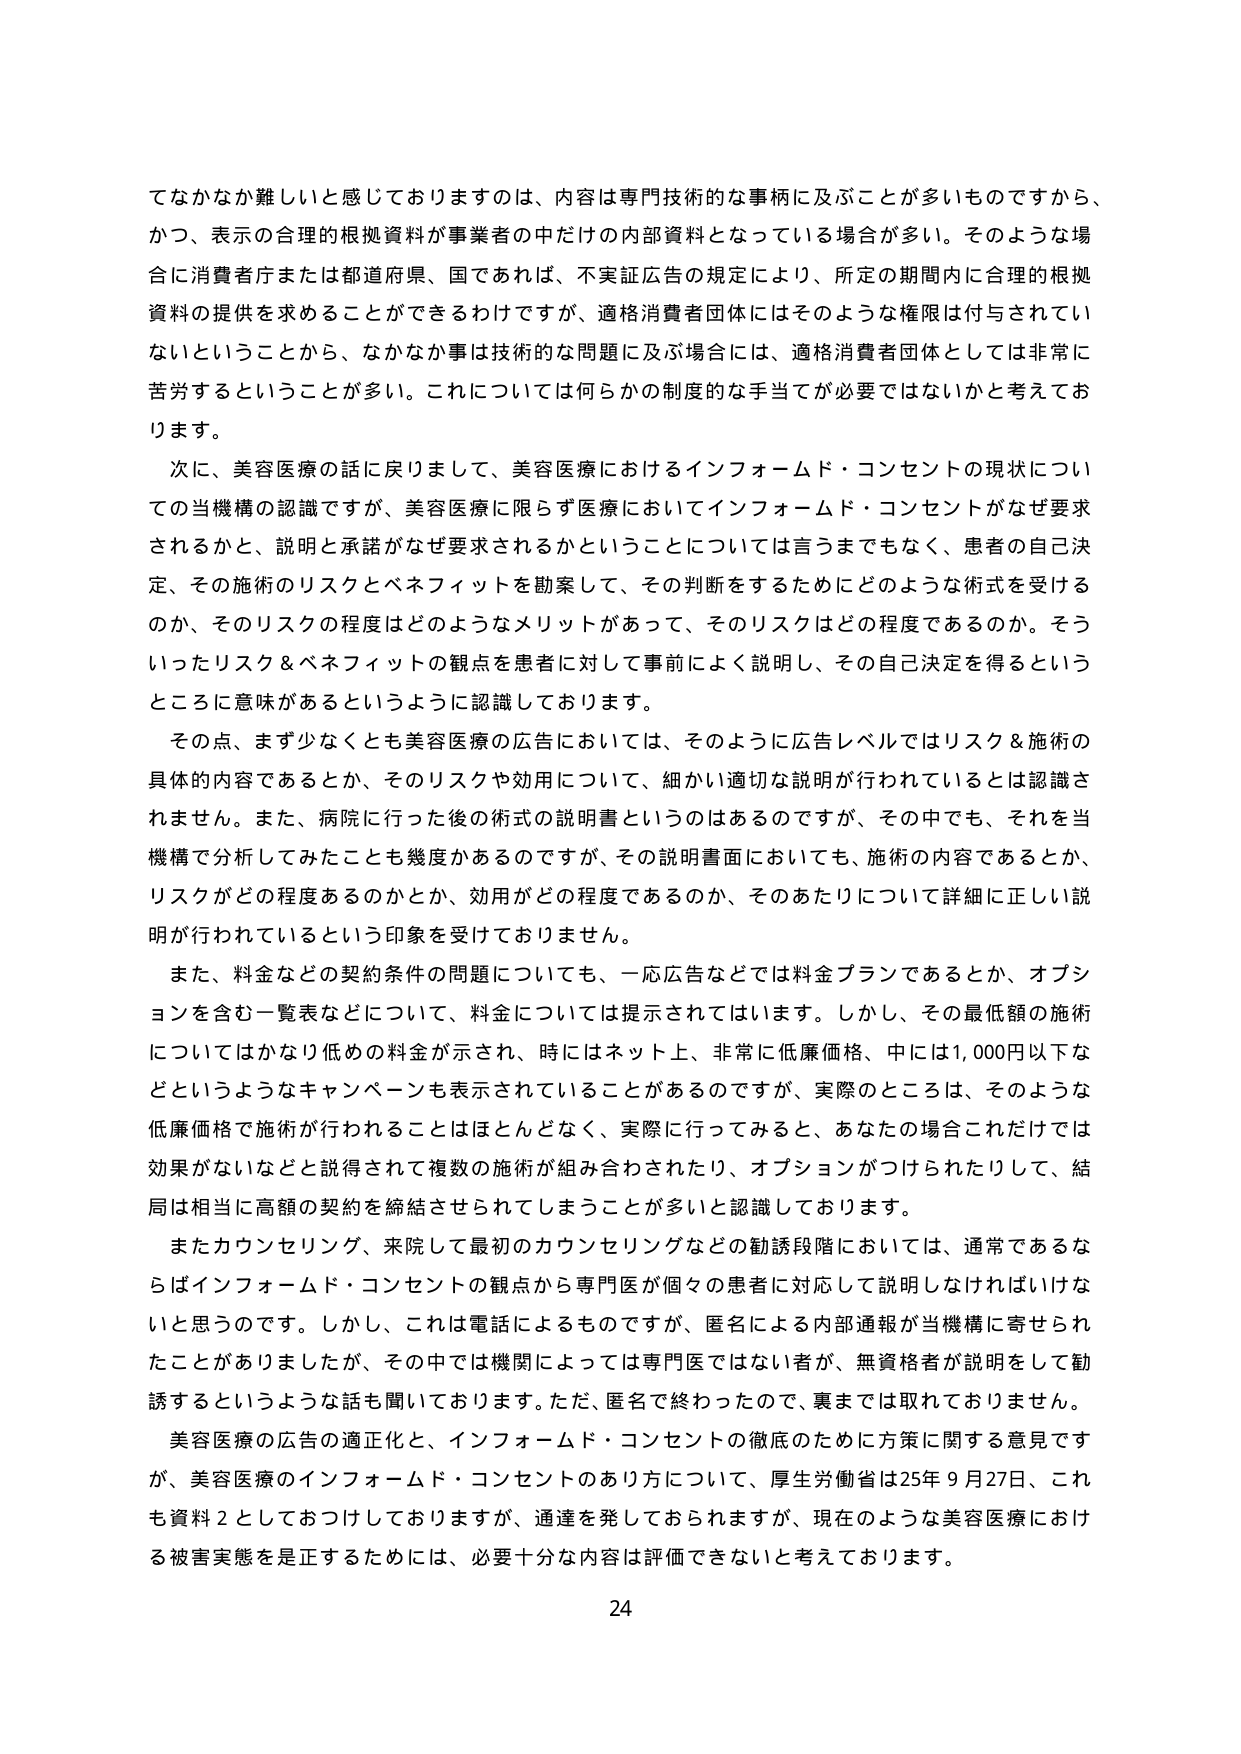
てなかなか難しいと感じておりますのは、内容は専門技術的な事柄に及ぶことが多いものですから、かつ、表示の合理的根拠資料が事業者の中だけの内部資料となっている場合が多い。そのような場合に消費者庁または都道府県、国であれば、不実証広告の規定により、所定の期間内に合理的根拠資料の提供を求めることができるわけですが、適格消費者団体にはそのような権限は付与されていないということから、なかなか事は技術的な問題に及ぶ場合には、適格消費者団体としては非常に苦労するということが多い。これについては何らかの制度的な手当てが必要ではないかと考えております。

次に、美容医療の話に戻りまして、美容医療におけるインフォームド・コンセントの現状についての当機構の認識ですが、美容医療に限らず医療においてインフォームド・コンセントがなぜ要求されるかと、説明と承諾がなぜ要求されるかということについては言うまでもなく、患者の自己決定、その施術のリスクとベネフィットを勘案して、その判断をするためにどのような術式を受けるのか、そのリスクの程度はどのようなメリットがあって、そのリスクはどの程度であるのか。そういったリスク＆ベネフィットの観点を患者に対して事前によく説明し、その自己決定を得るというところに意味があるというように認識しております。

その点、まず少なくとも美容医療の広告においては、そのように広告レベルではリスク＆施術の具体的内容であるとか、そのリスクや効用について、細かい適切な説明が行われているとは認識されません。また、病院に行った後の術式の説明書というのはあるのですが、その中でも、それを当機構で分析してみたことも幾度かあるのですが、その説明書面においても、施術の内容であるとか、リスクがどの程度あるのかとか、効用がどの程度であるのか、そのあたりについて詳細に正しい説明が行われているという印象を受けておりません。

また、料金などの契約条件の問題についても、一応広告などでは料金プランであるとか、オプションを含む一覧表などについて、料金については提示されてはいます。しかし、その最低額の施術についてはかなり低めの料金が示され、時にはネット上、非常に低廉価格、中には1,000円以下などというようなキャンペーンも表示されていることがあるのですが、実際のところは、そのような低廉価格で施術が行われることはほとんどなく、実際に行ってみると、あなたの場合これだけでは効果がないなどと説得されて複数の施術が組み合わされたり、オプションがつけられたりして、結局は相当に高額の契約を締結させられてしまうことが多いと認識しております。

またカウンセリング、来院して最初のカウンセリングなどの勧誘段階においては、通常であるならばインフォームド・コンセントの観点から専門医が個々の患者に対応して説明しなければいけないと思うのです。しかし、これは電話によるものですが、匿名による内部通報が当機構に寄せられたことがありましたが、その中では機関によっては専門医ではない者が、無資格者が説明をして勧誘するというような話も聞いております。ただ、匿名で終わったので、裏までは取れておりません。

美容医療の広告の適正化と、インフォームド・コンセントの徹底のために方策に関する意見ですが、美容医療のインフォームド・コンセントのあり方について、厚生労働省は25年9月27日、これも資料2としておつけしておりますが、通達を発しておられます。が、現在のような美容医療における被害実態を是正するためには、必要十分な内容は評価できないと考えております。

24